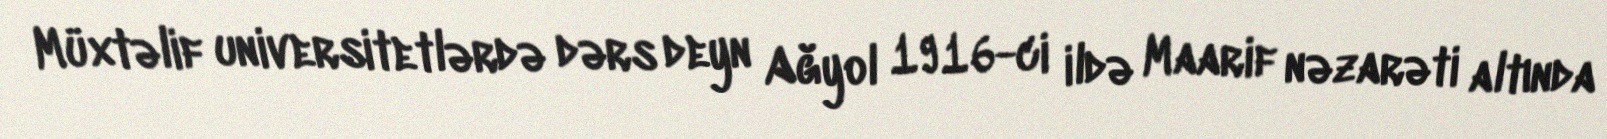
Müxtəlif universitetlərdə dərs deyn Ağyol 1916-ci ildə Maarif nəzarəti altında